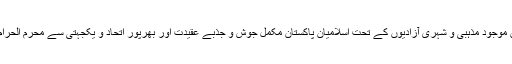
وطن عزیز کے قیام کے بعد آئین پاکستان میں موجود مذہبی و شہری آزادیوں کے تحت اسلامیان پاکستان مکمل جوش و جذبے عقیدت اور بھرپور اتحاد و یکجہتی سے محرم الحرام میں مجالس و محافل عزاداری برپا کر رہے۔